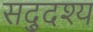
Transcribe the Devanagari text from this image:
सद्दुश्य